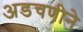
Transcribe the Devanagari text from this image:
अडचणीने